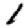
Digit: 1